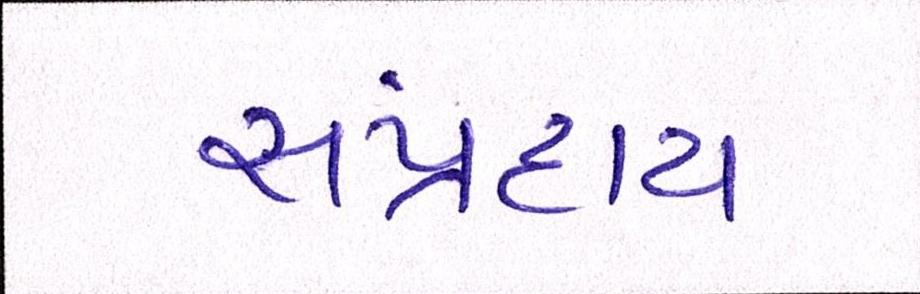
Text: સંપ્રદાય